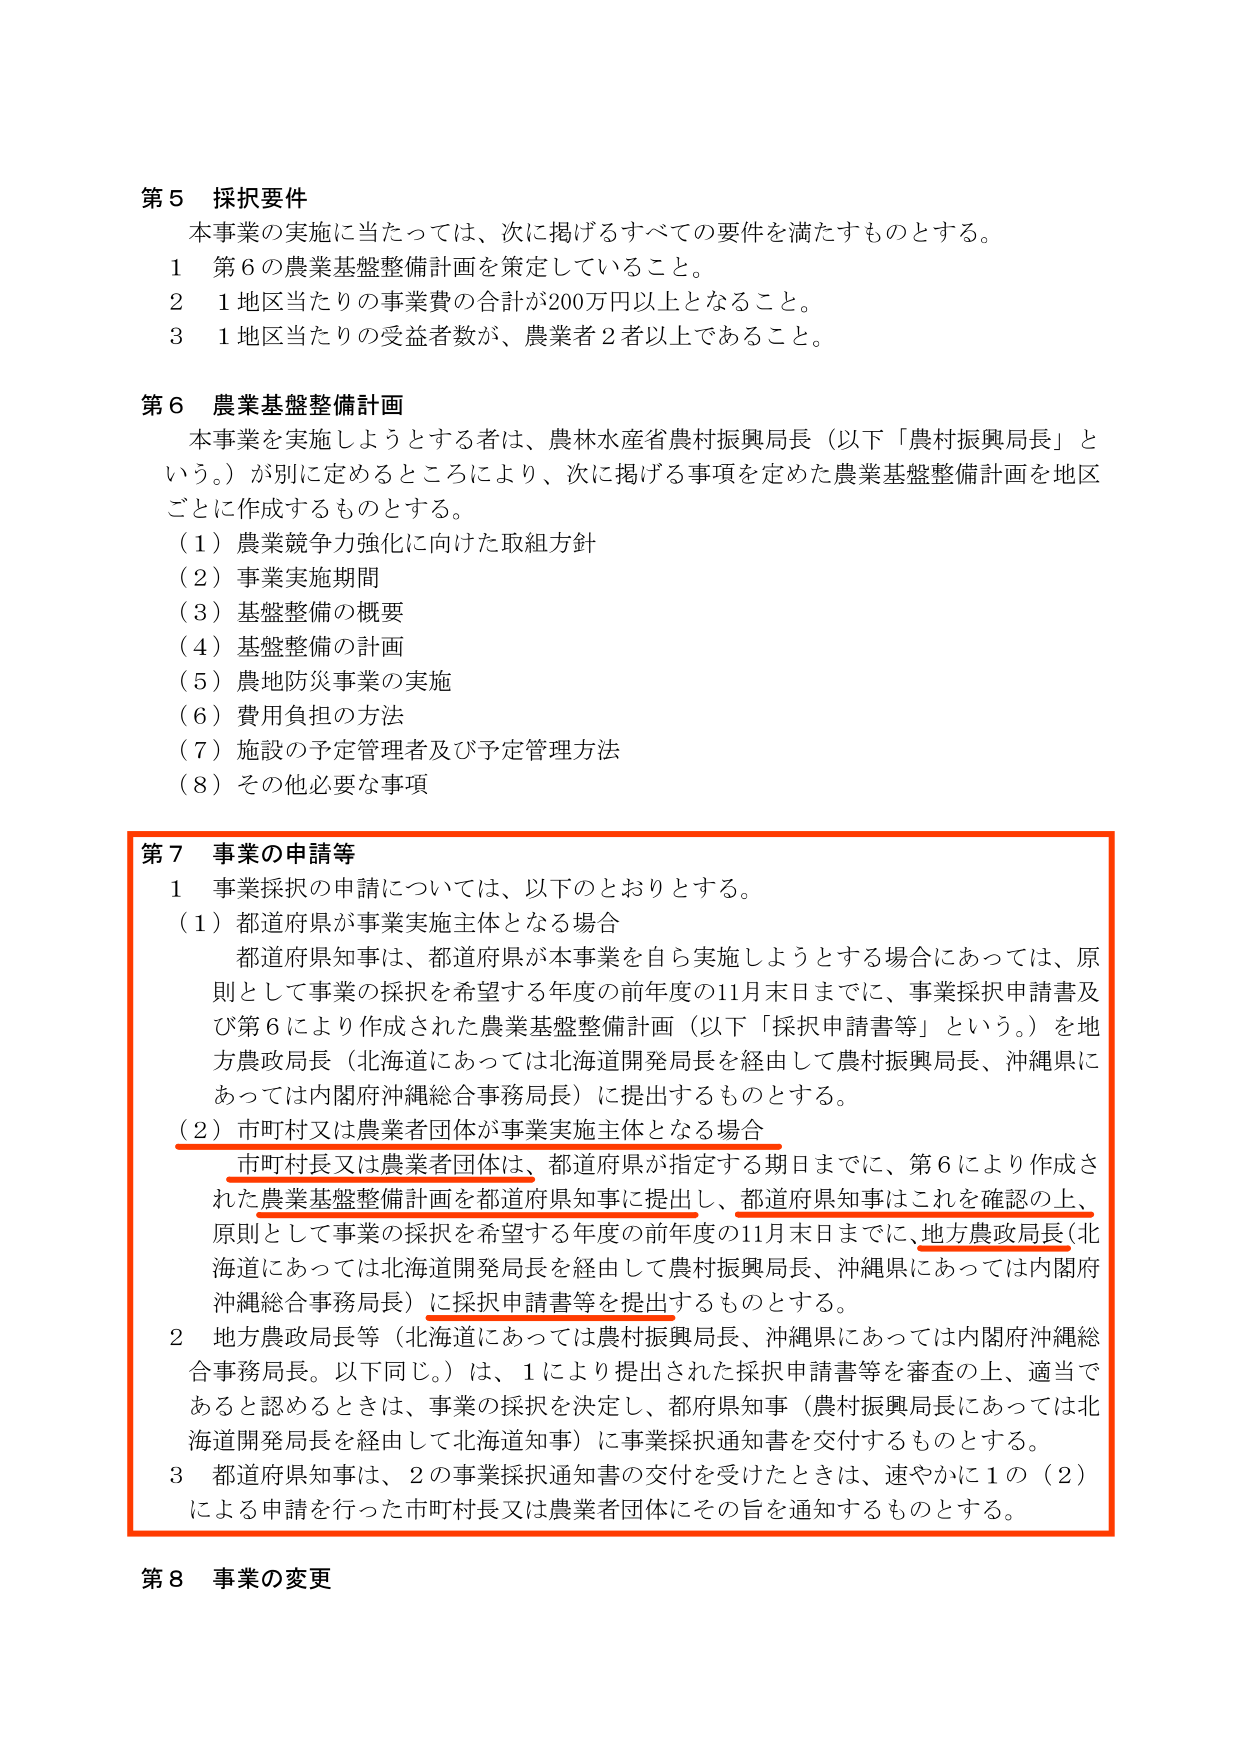
第５ 採択要件
本事業の実施に当たっては、次に掲げるすべての要件を満たすものとする。
１ 第６の農業基盤整備計画を策定していること。
２ １地区当たりの事業費の合計が200万円以上となること。
３ １地区当たりの受益者数が、農業者２者以上であること。

第６ 農業基盤整備計画
本事業を実施しようとする者は、農林水産省農村振興局長（以下「農村振興局長」という。）が別に定めるところにより、次に掲げる事項を定めた農業基盤整備計画を地区ごとに作成するものとする。
（１）農業競争力強化に向けた取組方針
（２）事業実施期間
（３）基盤整備の概要
（４）基盤整備の計画
（５）農地防災事業の実施
（６）費用負担の方法
（７）施設の予定管理者及び予定管理方法
（８）その他必要な事項

第７ 事業の申請等
１ 事業採択の申請については、以下のとおりとする。
（１）都道府県が事業実施主体となる場合
都道府県知事は、都道府県が本事業を自ら実施しようとする場合にあっては、原則として事業の採択を希望する年度の前年度の11月末日までに、事業採択申請書及び第６により作成された農業基盤整備計画（以下「採択申請書等」という。）を地方農政局長（北海道にあっては北海道開発局長を経由して農村振興局長、沖縄県にあっては内閣府沖縄総合事務局長）に提出するものとする。
（２）市町村又は農業者団体が事業実施主体となる場合
市町村長又は農業者団体は、都道府県が指定する期日までに、第６により作成された農業基盤整備計画を都道府県知事に提出し、都道府県知事はこれを確認の上、原則として事業の採択を希望する年度の前年度の11月末日までに、地方農政局長（北海道にあっては北海道開発局長を経由して農村振興局長、沖縄県にあっては内閣府沖縄総合事務局長）に採択申請書等を提出するものとする。
２ 地方農政局長等（北海道にあっては農村振興局長、沖縄県にあっては内閣府沖縄総合事務局長。以下同じ。）は、１により提出された採択申請書等を審査の上、適当であると認めるときは、事業の採択を決定し、都府県知事（農村振興局長にあっては北海道開発局長を経由して北海道知事）に事業採択通知書を交付するものとする。
３ 都道府県知事は、２の事業採択通知書の交付を受けたときは、速やかに１の（２）による申請を行った市町村長又は農業者団体にその旨を通知するものとする。

第８ 事業の変更